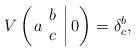
LaTeX: \begin{align*}V\left( \left. a \begin{array}{c} b \\ c \end{array} \right| 0 \right)=\delta_c^b , \end{align*}